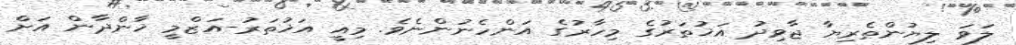
ލަވަ ލިޔުންތެރިޔާ ޖާވިދު އަޚުތަރުގެ މިހާރުގެ އަންހެނުންނެވެ. މިއީ އަޚުތަރު-އަޒްމީ ޚާންދާން އަށް